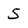
Character: 5